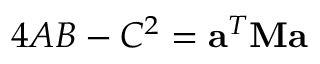
4 A B - C ^ { 2 } = \mathbf { a } ^ { T } \mathbf { M } \mathbf { a }